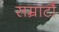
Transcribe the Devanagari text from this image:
सम्राटौं